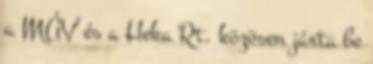
a MÁV és a Heka Rt. közösen járta be